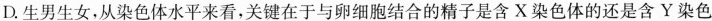
D.生男生女，从染色体水平来看，关键在于与卵细胞结合的精子是含X染色体的还是含Y染色